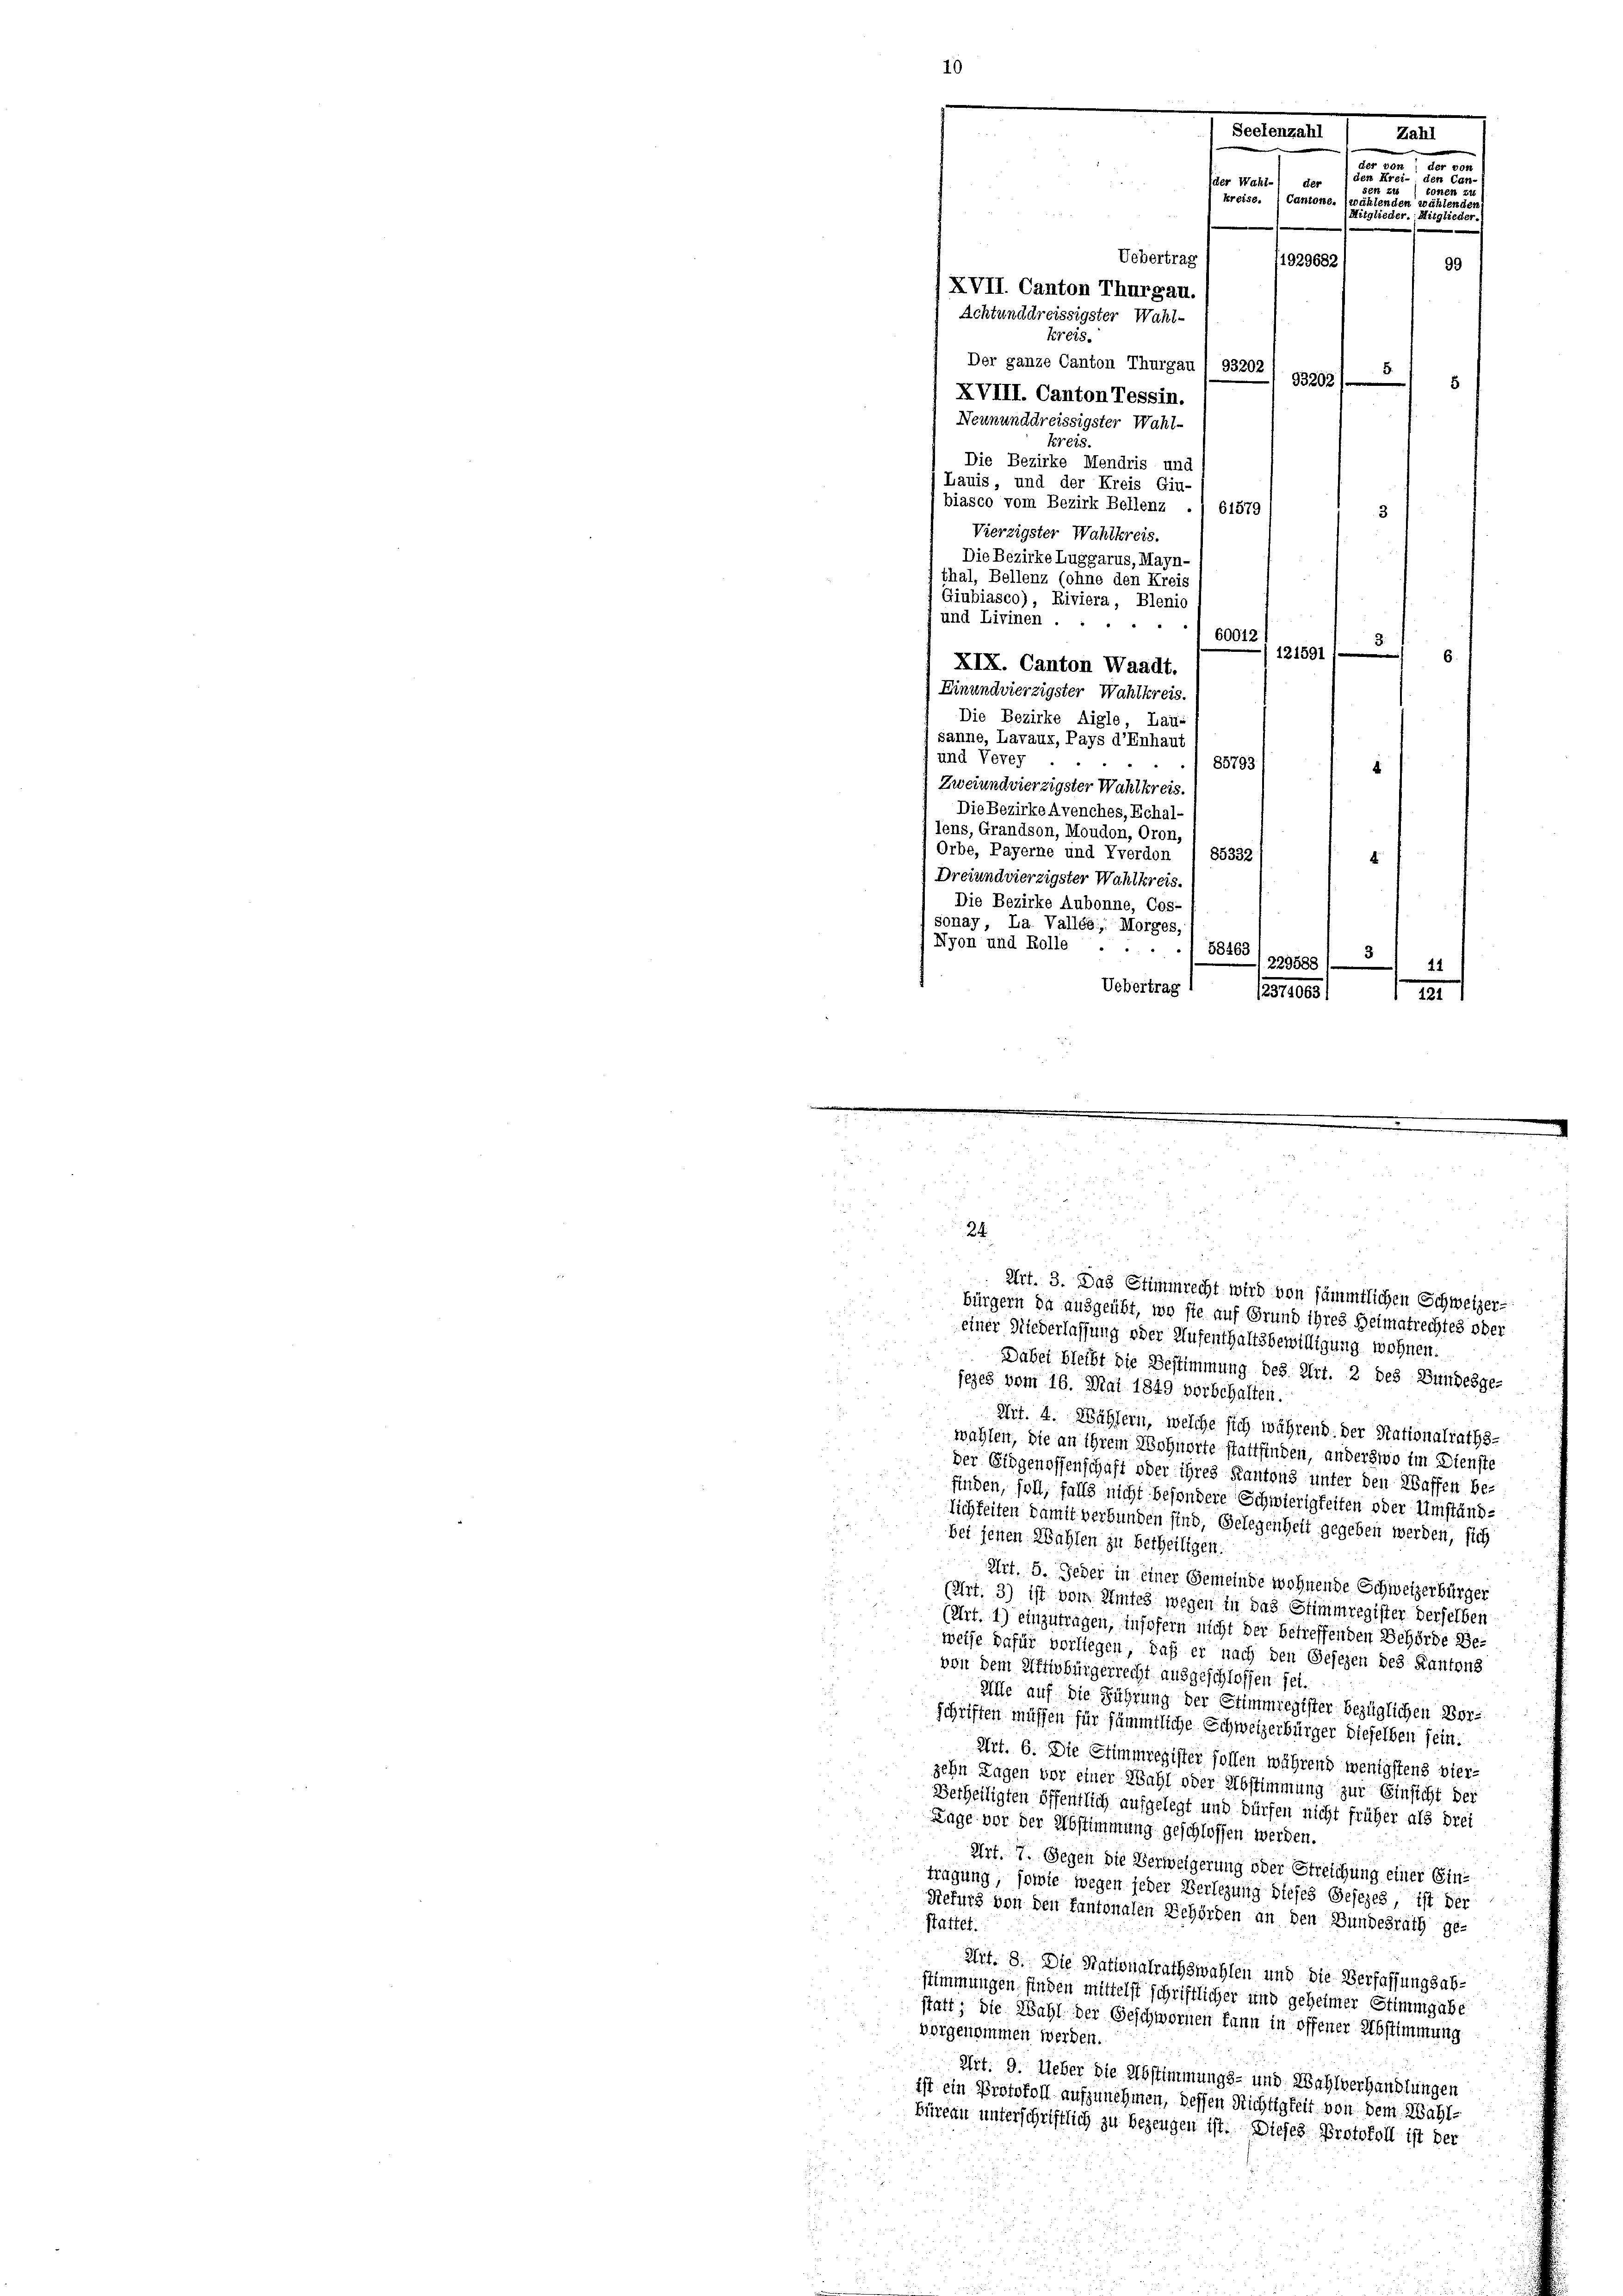
Uebertrag
XVII. Canton Thurgau.
Achtunddreissigster Wahl-
kreis.
Der ganze Canton Thurgau
93202
93202
5
XVIII. Canton Tessin.
Neununddreissigster Wahl-
Kreis.
Die Bezirke Mendris und
Lauis, und der Kreis Giu-
biasco vom Bezirk Bellenz . 61579
Vierzigster Wahlkreis.
Die Bezirke Luggarus, Mayn-
thal, Bellenz (ohne den Kreis
Giubiasco), Riviera, Blenio
und Livinen.
60012
121591 f
XIX. Canton Waadt.
Einundvierzigster Wahlkreis
Die Bezirke Aigle, Lau-
sanne, Lavaux, Pays d’Enhau
und Vevey
85793.
Zweiundvierzigster Wahlkreis
Die Bezirke Avenches, Echal-
lens, Grandson, Moudon, Oron,
Orbe, Payerne und Yverdon / 85332 f
4.
Dreiundvierzigster Wahlkreis.
Die Bezirke Aubonne, Cos-
sonay, La. Vallée, Morges,
Nyon und Rolle ....
58463
5
229588
44
Uebertrag
/2374063;
1 421

Seelenzahl
Zahl
an
a
en Cr
(der Wahl-) der 1 den Fr.
8826 2
kreise.  Cantone, (wähtenden wählen.
Mitglieder.:
itglieder.
1929682
99

3
i
.
Büre
r
24.

8
u
Art. 3. Das Stimmrecht wird von sämmtlichen Schweizer-

bürgern da ausgeübt, wo sie auf Grund ihres Heimatrechtes oder
einer Niederlassung oder Aufenthaltsbewilligung wohnen.
Dabei bleibt die Bestimmung des Art. 2 des Bundesge-
jezes vom 16. Mai 1849 vorschalten.
Art. 4. Wählern, welche sich während der Stationalraths-
wahlen, die an ihrem Wohnorte stattfinden, anderswo im Dienste
Der Eidgenossenschaft oder ihres Kantons unter den Waffen be-
finden, soll, falls nicht besondere Schwierigkeiten oder Umständlichkeiten damit verbunden sind, Gelegenheit gegeben werden, sich
bei jenen Wahlen zu betheiligen.
Art. 5. Jeder in einer Gemeinde wohnende Schweizerbürger
(Art. 3) ist vom Amtes wegen in das Stimmregister derselben
(Art. 1) einzutragen, insofern nicht der betreffenden Behörde Be-
weise dafür vorliegen, daß er nach den Gesezen des Kantons
von dem Aktivbürgerrecht ausgeschlossen sei.
Alle auf die Führung der Stimmregister bezüglichen Vor-
schriften müssen für sämmtliche Schweizerbürger dieselben sein.
Art. 6. Die Stimmregister sollen während wenigstens vier-
zehn Tagen vor einer Wahl oder Abstimmung zur Einsicht der
Verheiligten öffentlich aufgelegt und dürfen nicht früher als drei
Lage vor der Abstimmung geschlossen werden.
Art. 7. Gegen die Verweigerung oder Streichung einer Eintragung, sowie wegen jeder Verlegung dieses Gesezes, ist der
Refurg von den kantonalen Behörden an den Bundesrath ge-
stattet
Art. 8. Die Nationalrathswahlen und die Verfassungsabstimmungen, finden mittelst schriftlicher und geheimer Stimmgabe
statt; die Wahl der Geschwornen kann in offener Abstimmung
vorgenommen werden.
Art. 9. Ueber die Abstimmungs- und Wahlverhandlungen
ist ein Protokoll aufzunehmen, dessen Richtigkeit von dem Wahl-
Büreau unterschriftlich zu bezeugen ist. Dieses Protokoll ist der
d